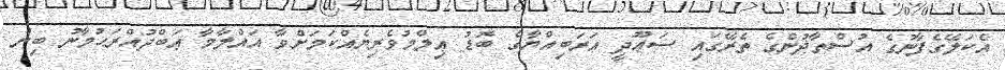
އެކަލޭގެފާނުގެ އުސްތާޛުންގެ ތެރޭގައި ސަޢޫދީ ޢަރަބިއްޔާގެ ބޮޑު ޢިލްމުވެރިޔެއްކަމަށްވާ އައްލާމާ ޢަބްދުއްރަޙުމާނު ބިން